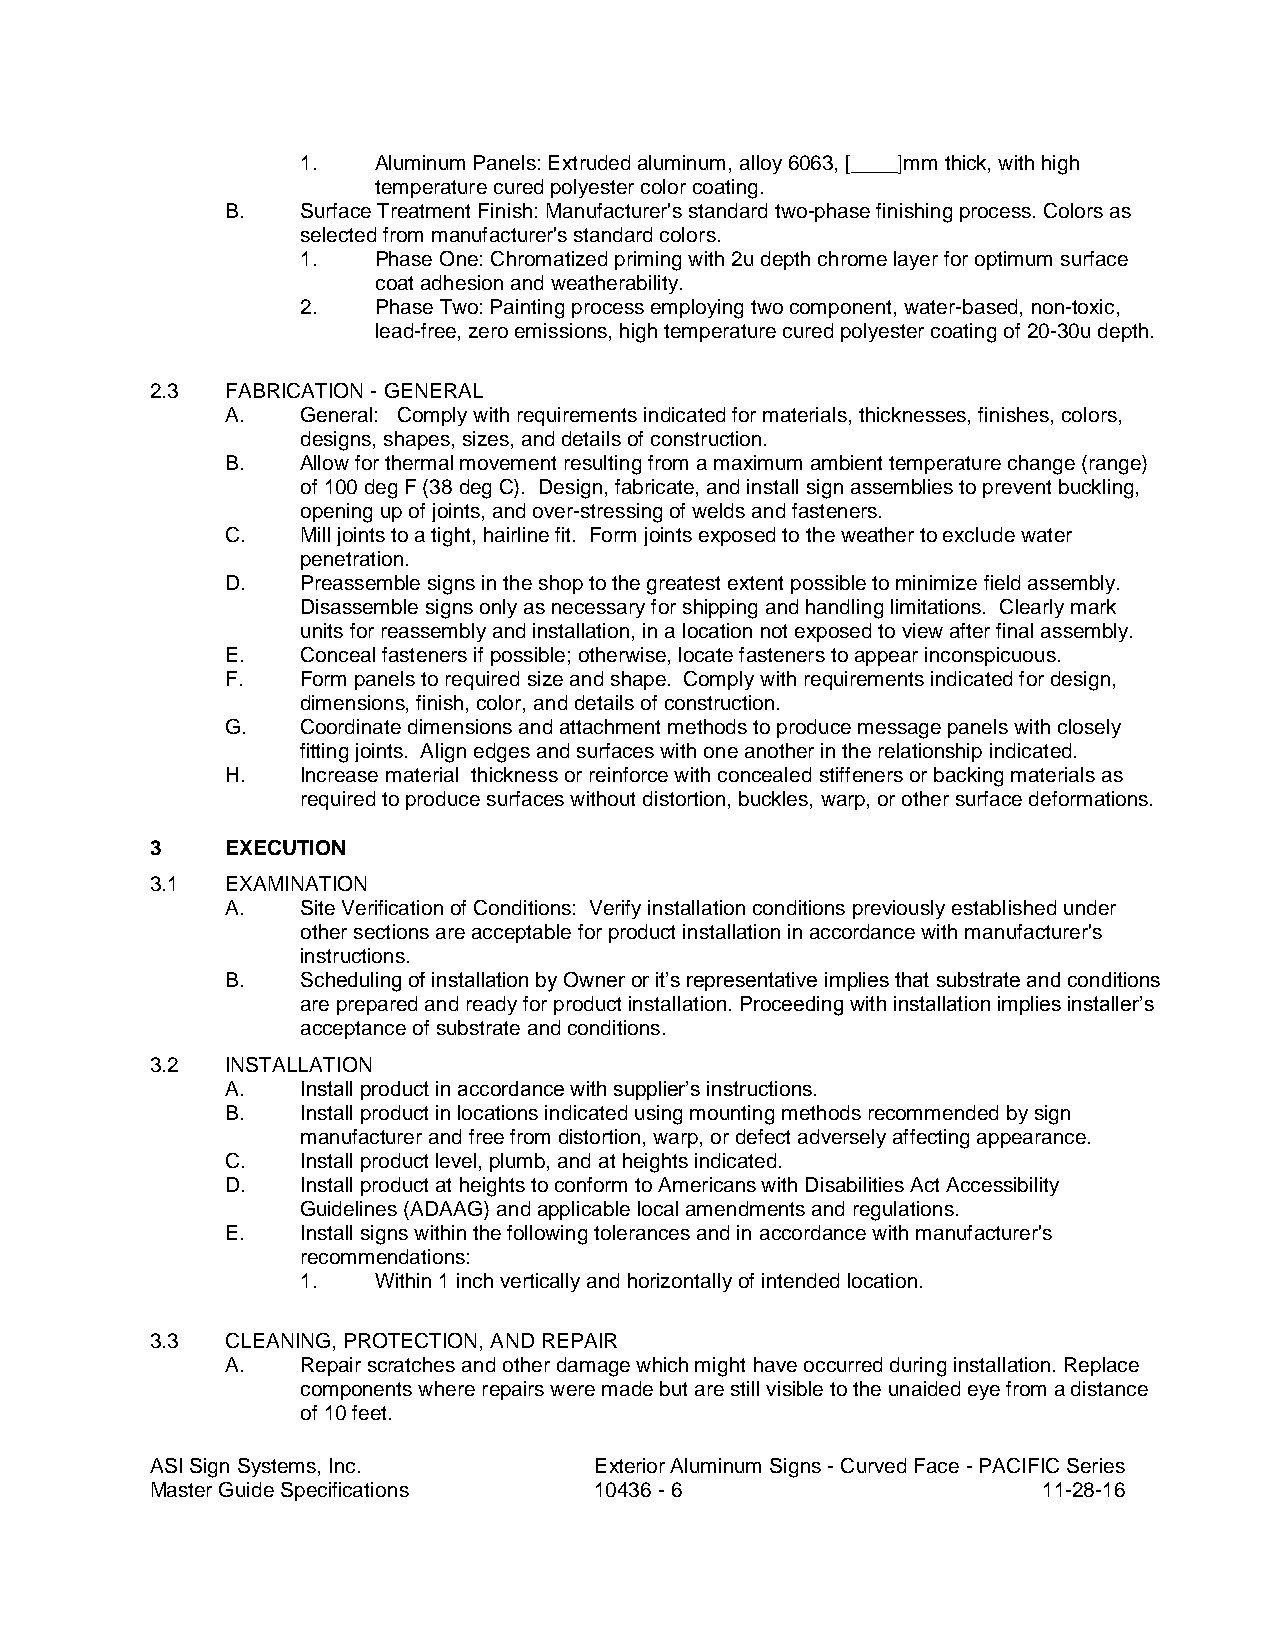
1.   Aluminum Panels: Extruded aluminum, alloy 6063, [____]mm thick, with high
 temperature cured polyester color coating.
 B.   Surface Treatment Finish: Manufacturer's standard two-phase finishing process. Colors as
 selected from manufacturer's standard colors.
 1.   Phase One: Chromatized priming with 2u depth chrome layer for optimum surface
 coat adhesion and weatherability.
 2.   Phase Two: Painting process employing two component, water-based, non-toxic,
 lead-free, zero emissions, high temperature cured polyester coating of 20-30u depth.
 2.3  FABRICATION - GENERAL
 A.   General: Comply with requirements indicated for materials, thicknesses, finishes, colors,
 designs, shapes, sizes, and details of construction.
 B.   Allow for thermal movement resulting from a maximum ambient temperature change (range)
 of 100 deg F (38 deg C). Design, fabricate, and install sign assemblies to prevent buckling,
 opening up of joints, and over-stressing of welds and fasteners.
 C.   Mill joints to a tight, hairline fit. Form joints exposed to the weather to exclude water
 penetration.
 D.   Preassemble signs in the shop to the greatest extent possible to minimize field assembly.
 Disassemble signs only as necessary for shipping and handling limitations. Clearly mark
 units for reassembly and installation, in a location not exposed to view after final assembly.
 E.   Conceal fasteners if possible; otherwise, locate fasteners to appear inconspicuous.
 F.   Form panels to required size and shape. Comply with requirements indicated for design,
 dimensions, finish, color, and details of construction.
 G.   Coordinate dimensions and attachment methods to produce message panels with closely
 fitting joints. Align edges and surfaces with one another in the relationship indicated.
 H.   Increase material thickness or reinforce with concealed stiffeners or backing materials as
 required to produce surfaces without distortion, buckles, warp, or other surface deformations.
 3    EXECUTION
 3.1  EXAMINATION
 A.   Site Verification of Conditions: Verify installation conditions previously established under
 other sections are acceptable for product installation in accordance with manufacturer's
 instructions.
 B.   Scheduling of installation by Owner or it’s representative implies that substrate and conditions
 are prepared and ready for product installation. Proceeding with installation implies installer’s
 acceptance of substrate and conditions.
 3.2  INSTALLATION
 A.   Install product in accordance with supplier’s instructions.
 B.   Install product in locations indicated using mounting methods recommended by sign
 manufacturer and free from distortion, warp, or defect adversely affecting appearance.
 C.   Install product level, plumb, and at heights indicated.
 D.   Install product at heights to conform to Americans with Disabilities Act Accessibility
 Guidelines (ADAAG) and applicable local amendments and regulations.
 E.   Install signs within the following tolerances and in accordance with manufacturer's
 recommendations:
 1.   Within 1 inch vertically and horizontally of intended location.
 3.3  CLEANING, PROTECTION, AND REPAIR
 A.   Repair scratches and other damage which might have occurred during installation. Replace
 components where repairs were made but are still visible to the unaided eye from a distance
 of 10 feet.
 ASI Sign Systems, Inc.       Exterior Aluminum Signs - Curved Face - PACIFIC Series
 Master Guide Specifications  10436 - 6                     11-28-16